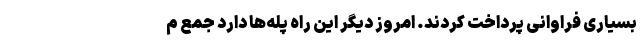
بسیاری فراوانی پرداخت کردند. امروز دیگر این راه پله‌ها دارد جمع م